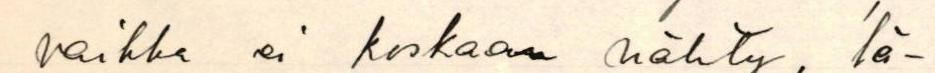
vaikka ei koskaan nähty, lä-